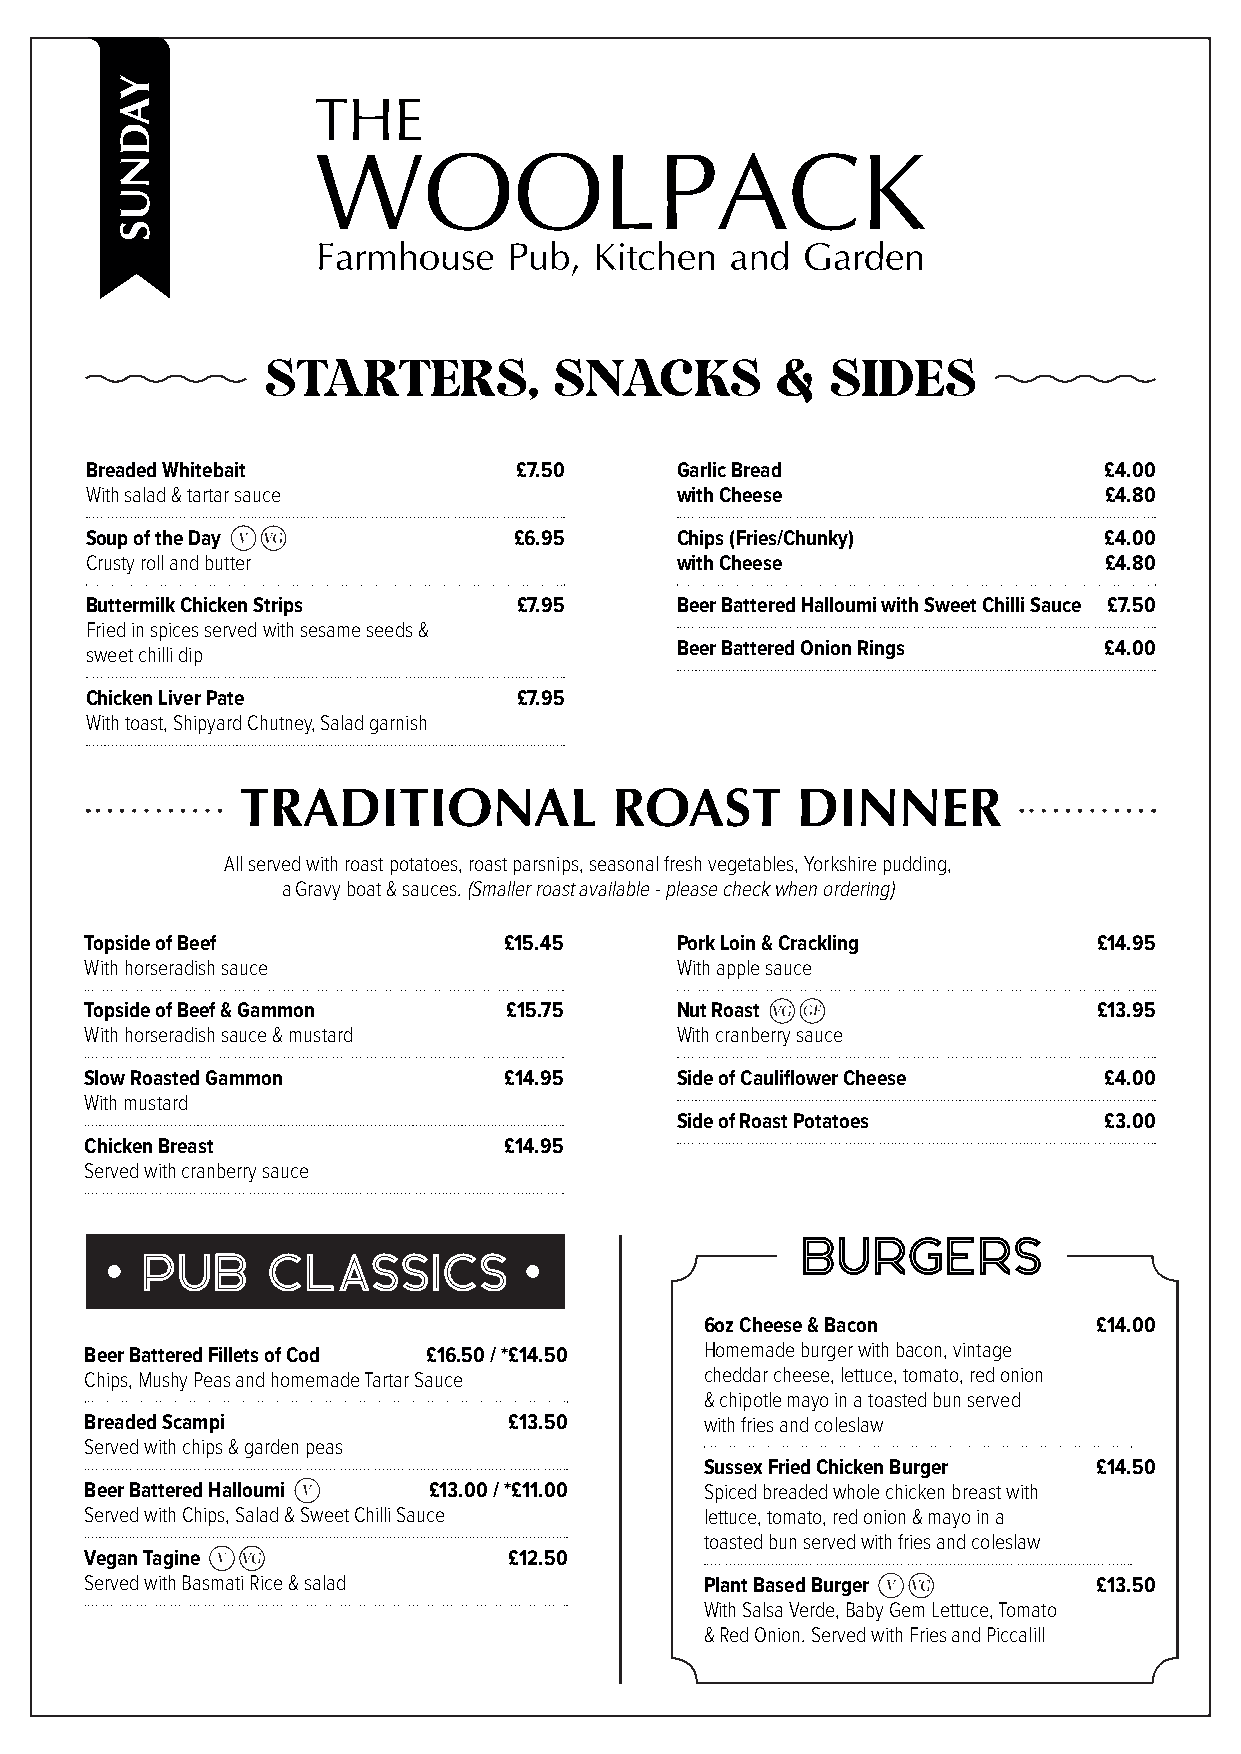
STARTERS,           SNACKS        &   SIDES
 Breaded Whitebait           £7.50      Garlic Bread                £4.00
 With salad & tartar sauce              with Cheese                 £4.80
 Soup of the Day             £6.95      Chips (Fries/Chunky)        £4.00
 Crusty roll and butter                 with Cheese                 £4.80
 Buttermilk Chicken Strips   £7.95      Beer Battered Halloumi with Sweet Chilli Sauce £7.50
 Fried in spices served with sesame seeds &
 sweet chilli dip                       Beer Battered Onion Rings   £4.00
 Chicken Liver Pate          £7.95
 With toast, Shipyard Chutney, Salad garnish
 TRADITIONAL             ROAST        DINNER
 All served with roast potatoes, roast parsnips, seasonal fresh vegetables, Yorkshire pudding,
 a Gravy boat & sauces. (Smaller roast available - please check when ordering)
 Topside of Beef            £15.45      Pork Loin & Crackling       £14.95
 With horseradish sauce                 With apple sauce
 Topside of Beef & Gammon    £15.75     Nut Roast                   £13.95
 With horseradish sauce & mustard       With cranberry sauce
 Slow Roasted Gammon        £14.95      Side of Cauliflower Cheese  £4.00
 With mustard
 Side of Roast Potatoes      £3.00
 Chicken Breast             £14.95
 Served with cranberry sauce
 BURGERS
 PUB      CLASSICS
 6oz Cheese & Bacon        £14.00
 Beer Battered Fillets of Cod £16.50 / *£14.50
 Homemade burger with bacon, vintage
 Chips, Mushy Peas and homemade Tartar Sauce cheddar cheese, lettuce, tomato, red onion
 & chipotle mayo in a toasted bun served
 Breaded Scampi              £13.50       with fries and coleslaw
 Served with chips & garden peas
 Sussex Fried Chicken Burger £14.50
 Beer Battered Halloumi £13.00 / *£11.00  Spiced breaded whole chicken breast with
 Served with Chips, Salad & Sweet Chilli Sauce lettuce, tomato, red onion & mayo in a
 toasted bun served with fries and coleslaw
 Vegan Tagine                £12.50
 Served with Basmati Rice & salad         Plant Based Burger        £13.50
 With Salsa Verde, Baby Gem Lettuce, Tomato
 & Red Onion. Served with Fries and Piccalill
 YADNUS